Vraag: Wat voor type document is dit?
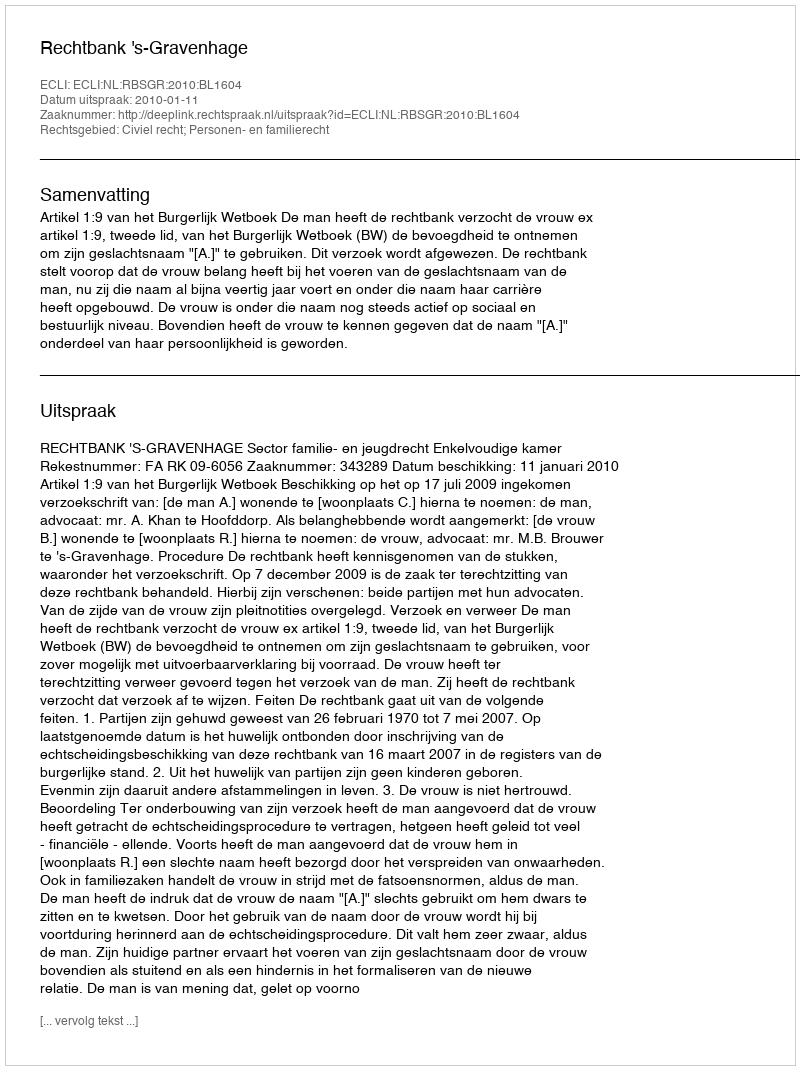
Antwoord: Uitspraak